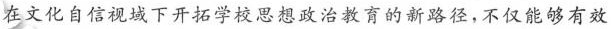
在文化自信视域下开拓学校思想政治教育的新路径，不仅能够有效